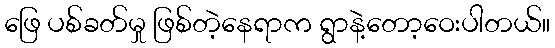
ဖြေ ပစ်ခတ်မှု ဖြစ်တဲ့နေရာက ရွာနဲ့တော့ဝေးပါတယ်။